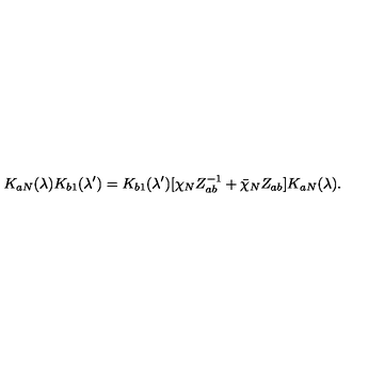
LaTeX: K _ { a N } ( \lambda ) K _ { b 1 } ( \lambda ^ { \prime } ) = K _ { b 1 } ( \lambda ^ { \prime } ) [ \chi _ { N } Z _ { a b } ^ { - 1 } + \bar { \chi } _ { N } Z _ { a b } ] K _ { a N } ( \lambda ) .